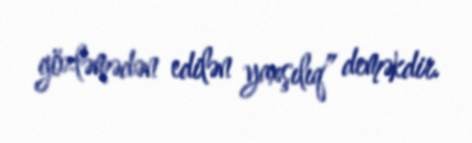
gözləmədən edilən yaxşılıq” deməkdir.